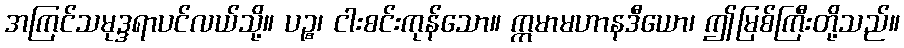
အကြင်သမုဒ္ဒရာပင်လယ်သို့။ ပဉ္စ၊ ငါးစင်းကုန်သော။ ဣမာမဟာနဒီယော၊ ဤမြစ်ကြီးတို့သည်။